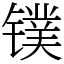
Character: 镤